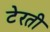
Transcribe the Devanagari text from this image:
टेरती